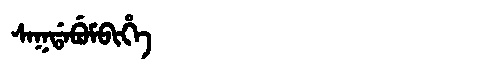
Manchu: ᠰᠠᡴᡩᠠᠪᡠᠮᠪᡳᡥᡝ
Romanization: SAKDABUMBIHE